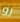
رو